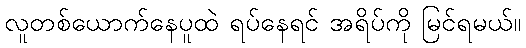
လူတစ်ယောက်နေပူထဲ ရပ်နေရင် အရိပ်ကို မြင်ရမယ်။